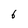
Character: 6